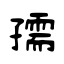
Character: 孺